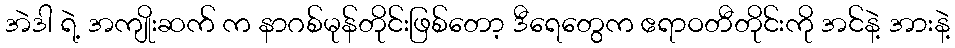
အဲဒါ ရဲ့ အကျိုးဆက် က နာဂစ်မုန်တိုင်းဖြစ်တော့ ဒီရေတွေက ဧရာဝတီတိုင်းကို အင်နဲ့ အားနဲ့